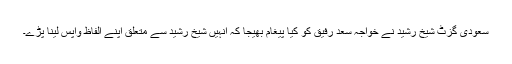
سعودی گزٹ شیخ رشید نے خواجہ سعد رفیق کو کیا پیغام بھیجا کہ انہیں شیخ رشید سے متعلق اپنے الفاظ واپس لینا پڑے۔